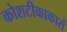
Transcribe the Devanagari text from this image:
कोशटीकाकारों